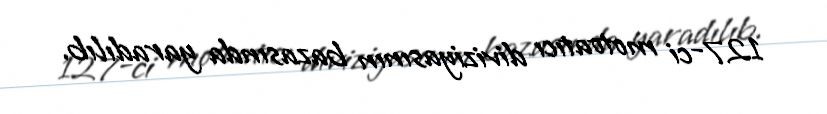
127-ci motoatıcı diviziyasının bazasında yaradılıb.